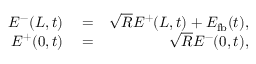
\begin{array} { r l r } { E ^ { - } ( L , t ) } & { { } = } & { \sqrt { R } E ^ { + } ( L , t ) + E _ { \mathrm { f b } } ( t ) , } \\ { E ^ { + } ( 0 , t ) } & { { } = } & { \sqrt { R } E ^ { - } ( 0 , t ) , } \end{array}